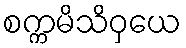
စက္ကမိသိဝှယေ